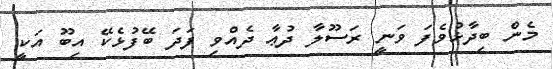
މެން ބިދާޅުވެފަ ވަނީ ރަސޫލާ ދުޢާ ދެއްވި ފަދަ ބޭފުޅެކޭ އިބޫ އަކީ